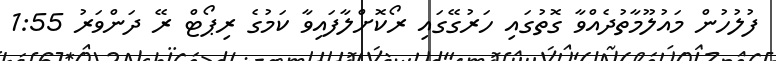
ފުލުހުން މައުލޫމާތުދެއްވާ ގޮތުގައި ހަރުގޭގައި ރޯކޮށްލާފައިވާ ކަމުގެ ރިޕޯޓް ރޭ ދަންވަރު 1:55